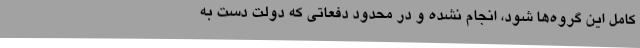
کامل این گروه‌ها شود، انجام نشده و در محدود دفعاتی که دولت دست به